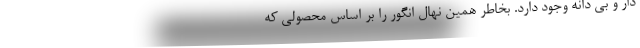
دار و بی دانه وجود دارد. بخاطر همین نهال انگور را بر اساس محصولی که